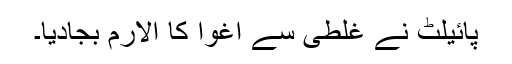
پائیلٹ نے غلطی سے اغوا کا الارم بجادیا۔